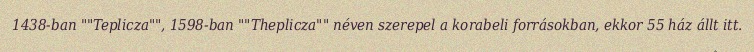
1438-ban ""Teplicza"", 1598-ban ""Theplicza"" néven szerepel a korabeli forrásokban, ekkor 55 ház állt itt.